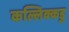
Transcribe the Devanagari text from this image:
कल्लिक्कडु